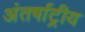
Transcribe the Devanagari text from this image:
अंतर्षाट्रीय